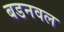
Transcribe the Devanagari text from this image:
बडनवल